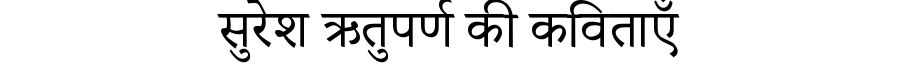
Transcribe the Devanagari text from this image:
सुरेश ऋतुपर्ण की कविताएँ